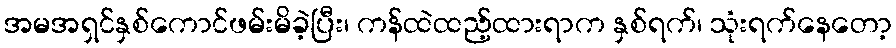
အမအရှင်နှစ်ကောင်ဖမ်းမိခဲ့ပြီး၊ ကန်ထဲထည့်ထားရာက နှစ်ရက်၊ သုံးရက်နေတော့